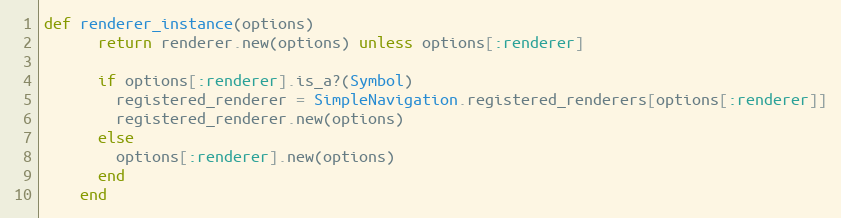
Language: Ruby
def renderer_instance(options)
      return renderer.new(options) unless options[:renderer]

      if options[:renderer].is_a?(Symbol)
        registered_renderer = SimpleNavigation.registered_renderers[options[:renderer]]
        registered_renderer.new(options)
      else
        options[:renderer].new(options)
      end
    end